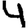
Digit: 4